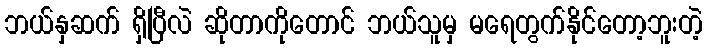
ဘယ်နှဆက် ရှိပြီလဲ ဆိုတာကိုတောင် ဘယ်သူမှ မရေတွက်နိုင်တော့ဘူးတဲ့